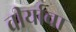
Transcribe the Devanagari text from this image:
वीर्याचा